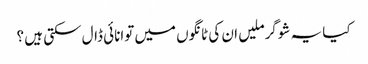
کیا یہ شوگرملیں ان کی ٹانگوں میں توانائی ڈال سکتی ہیں ؟